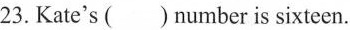
23. Kate's ( ) number is sixteen.